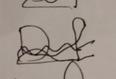
Signature authenticity: forged